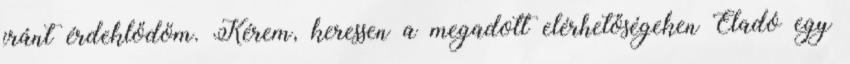
iránt érdeklődöm. Kérem, keressen a megadott elérhetőségeken Eladó egy